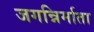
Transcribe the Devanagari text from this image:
जगन्निर्माता